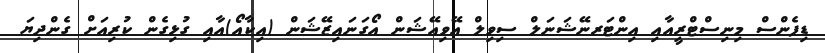
ޑިފެންސް މިނިސްޓްރީއާއި އިންޓަރނޭޝަނަލް ސިވިލް އޭވިއޭޝަން އޯގަނައިޒޭޝަން (އިކާއޯ)އާއި ގުޅިގެން ކުރިއަށް ގެންދިޔަ